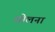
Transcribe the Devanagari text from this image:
सोलना